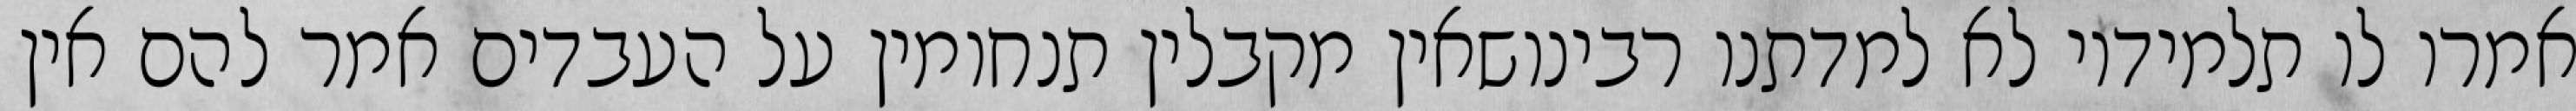
אמרו לו תלמידיו לא למדתנו רבינושאין מקבלין תנחומין על העבדים אמר להם אין